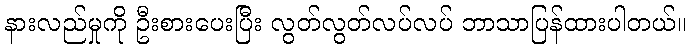
နားလည်မှုကို ဦးစားပေးပြီး လွတ်လွတ်လပ်လပ် ဘာသာပြန်ထားပါတယ်။